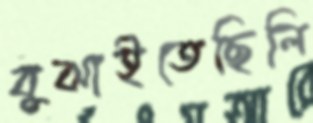
বুঝাইতেছিলি